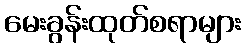
မေးခွန်းထုတ်စရာများ